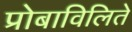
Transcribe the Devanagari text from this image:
प्रोबाविलिते